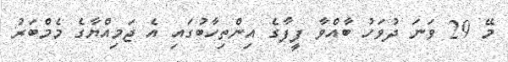
މޭ 29 ވަނަ ދުވަހު ބާއްވާ ފީފާގެ އިންތިހާބުގައި އެ ޖަމިއްޔާގެ މެމްބަރު